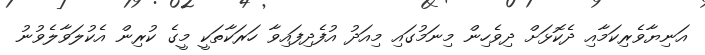
އަނިޔާވެރިކަމާއި ދެކޮޅަށް ދިވެހިން މިނަމުގައި މިއަދު އުފެދިފައިވާ ހަރަކާތަކީ މީގެ ކުރިން އެކުލަވާލެވުނު